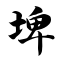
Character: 埤